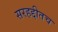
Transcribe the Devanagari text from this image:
सरहद्दीतच